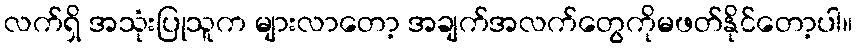
လက်ရှိ အသုံးပြုသူက များလာတော့ အချက်အလက်တွေကိုမဖတ်နိုင်တော့ပါ။